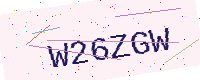
Text: W26ZGW